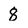
Character: 8